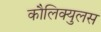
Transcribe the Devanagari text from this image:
कौलिक्युलस